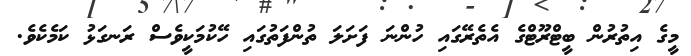
މީގެ އިތުރުން ބީޓްރޫޓްގެ އެތެރޭގައި ހުންނަ ފަށަލަ ތުންފަތުގައި ހޭކުމަކީވެސް ރަނގަޅު ކަމެކެވެ.